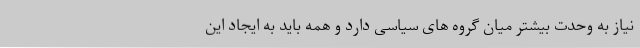
نیاز به وحدت بیشتر میان گروه های سیاسی دارد و همه باید به ایجاد این